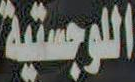
اللوجستية